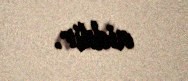
aiddir.